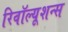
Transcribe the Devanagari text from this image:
रिवॉल्यूशन्स